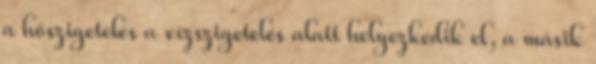
a hőszigetelés a vízszigetelés alatt helyezkedik el, a másik